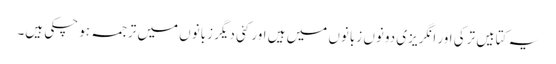
یہ کتابیں ترکی اور انگریزی دونوں زبانوں میں ہیں اور کئی دیگر زبانوں میں ترجمہ ہو چکی ہیں۔